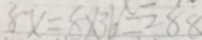
8 x = 8 \times 3 6 = 2 8 8